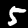
Label: 5